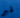
قبر